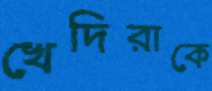
খেদিরাকে